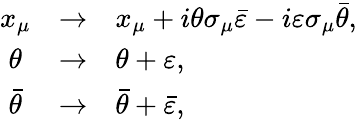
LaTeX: \begin{array}{ccl}{{x_{\mu}}}&{{\rightarrow}}&{{x_{\mu}+i\theta\sigma_{\mu}\bar{\varepsilon}-i\varepsilon\sigma_{\mu}\bar{\theta},}}\\ {{\theta}}&{{\rightarrow}}&{{\theta+\varepsilon,}}\\ {{\bar{\theta}}}&{{\rightarrow}}&{{\bar{\theta}+\bar{\varepsilon},}}\end{array}